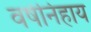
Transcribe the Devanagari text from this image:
वर्षनिहाय